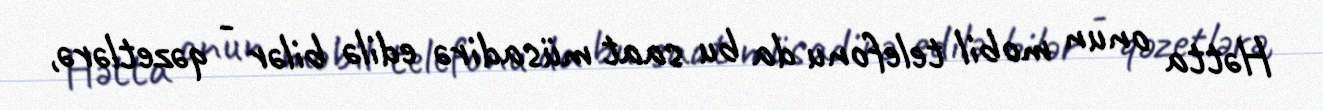
Hətta onun mobil telefonu da bu saat müsadirə edilə bilər - qəzetlərə,